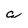
Character: a